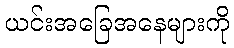
ယင်းအခြေအနေများကို